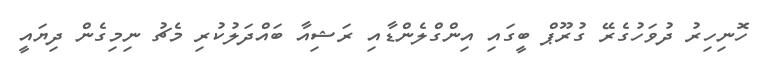
ހޮނިހިރު ދުވަހުގެރޭ ގުރޫޕް ބީގައި އިންގްލެންޑާއި ރަޝިއާ ބައްދަލުކުރި މެޗު ނިމިގެން ދިޔައީ